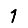
Digit: 1